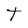
Character: t